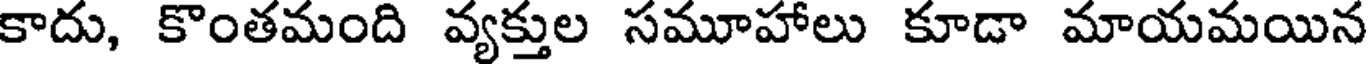
కాదు, కొంతమంది వ్యక్తుల సమూహాలు కూడా మాయమయిన